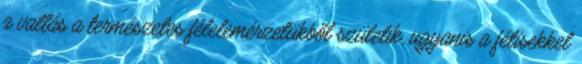
a vallás a természetes félelemérzetükből születik, ugyanis a fétisekkel